Report on vaccination in the Province of Bengal - 1869-1873
Year: 1869
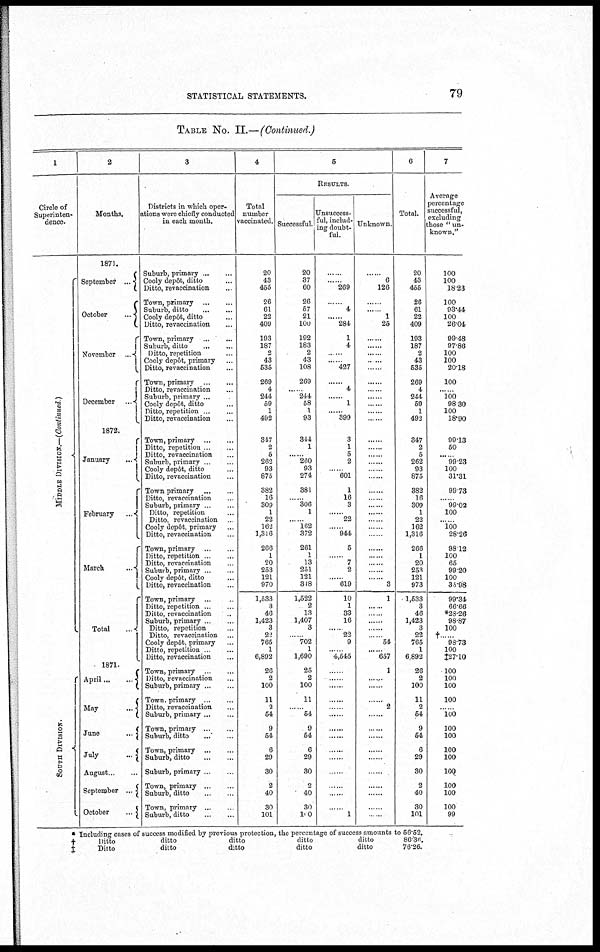
STATISTICAL STATEMENTS.
79
TABLE No. II.—(Continued.)
1
Circle of
Superinten-
dence.
Middle Division
South Division
2
Months.
1871.
September...
October
...
November...
December
...
1872.
January...
February
...
March...
Total...
1871.
April...
...
May... ...
June...
July...
August
September...
October..
3
Districts in which oper-
ations were chiefly conducted
in each month.
Suburb,
primary...
...
Cooly depôt, ditto... ...
Ditto, revaccination...
Town, primary... ... ...
Suburb, ditto ... ... ...
Cooly depôt, ditto.. ...
Ditto, revaccination... ...
Town, primary .. ..
Suburb,
ditto...
...
Ditto, repetition. ..
Cooly depôt, primary ...
Ditto, revaccination... ...
Town, primary... ...
Ditto, revaccination... ...
Suburb, primary ...
Cooly depôt, ditto... ...
Ditto, repetition.. ..
Ditto, revaccination... ...
Town, primary
...
...
Ditto, repetition . ...
Ditto, revaccination... ...
Suburb,
primary...
..
Cooly depôt, ditto... ...
Ditto, revaccination... ...
Town primary
...
...
Ditto, revaccination.. ..
Suburb, primary.. ...
Ditto, repetition... ...
Ditto, revaccination.
Cooly depôt, primary.. ...
Ditto, revaccination... ...
Town,
primary...
...
Ditto,
repetition..
...
Ditto, revaccination..
Suburb, primary.. ..
Cooly depôt, ditto... ...
Ditto, revaccination.. ...
Town, primary ...
Ditto, repetition ...
Ditto, revaccination...
Suburb, primary...
...
Ditto, repetition... ...
Ditto, revaccination
Cooly depôt, primary...
Ditto, repetition . ...
Ditto, revaccination...
Town,
primary...
...
Ditto, revaccination
Suburb, primary...
...
Town,
primary...
...
Ditto, revaccination... ...
Suburb,
primary...
...
Town,
primary...
...
Suburb, ditto... ...
Town, primary
...
...
Suburb,
ditto...
...
Suburb,
primary...
...
Town, primary ... ...
Suburb, ditto ... ...
Town,
primary...
..
Suburb,
ditto...
...
4.
Total
number
vaccinated.
20
43
455
26
61
22
409
193
187
2
43
535
269
4
244
59
1
492
347
2
5
262
93
875
382
16
309
1
22
162
1,316
266
1
20
253
121
970
1,533
3
46
1,423
3
22
765
1
6,892
26
2
100
11
2
54
9
54
6
29
30
2
40
30
101
5
RESULTS.
Successful.
20
37
60
26
57
21
100
192
183
2
43
108
269
... 244
58
1
93
344
1
...... 260
93
274
381
......
306
1
...... 162
372
261
1
13
251
121
318
1,522
2
13
1,407
3
......
702
1
1,690
25
2
100
11
......
54
9
54
6
29
30
2
40
30
100
Unsuccess-
ful, includ-
ing doubt-
ful.
......
...... 269
......
4
......
284
1
4
......
...... 427
......
4
......
1
...... 399
3
1
5
2
601
1
1
16
3
......
22
......
944
5
......
7
2
......
619
10
1
33
16
...... 22
9
...... 4,545
......
......
......
......
......
......
......
......
......
......
......
......
......
......
1
Unknown
......
6
126
......
...... 1
25
......
......
......
......
......
......
......
......
......
......
.. ...
......
......
......
......
......
......
......
......
......
...... ......
.......
......
......
......
......
......
3
1
......
......
......
......
54
......
657
1
......
......
......
2
......
......
......
......
......
......
......
......
......
......
6
Total.
20
43
455
26
61
22
409
193
187
2
43
535
269
4
244
59
1
492
347
2
5
262
93
875
382
16
309
1
22
162
1,316
266
1
20
253
121
973
1,533
3
46
1,423
3
22
765
1
6,892
26
2
100
11
2
54
9
54
6
29
30
2
40
30
101
7
Average
percentage
successful,
excluding
those " un-
known."
100
100
18.23
100
93.44
100
26.04
99.48
97.86
100
100
20.18
100
...... 100
98.30
100
18.90
99.13
50
...... 99.23
100
31.31
99.73
......
99.02
100
...... 100
28.26
98.12
100
65
99.20
100
35.98
99.34
66.66
*23.26
98.87
100
†...... 98.73
100
‡27.10
100
100
100
100
......
100
100
100
100
100
100
100
100
100
99
*
†
‡
Including cases of success modified by previous protection, the percentage of success amounts to
Ditto
ditto
ditto
ditto
ditto
Ditto
ditto
ditto
ditto
ditto
56.52.
86.36.
76.26.